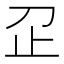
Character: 𬅷